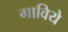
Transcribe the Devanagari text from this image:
गाविये